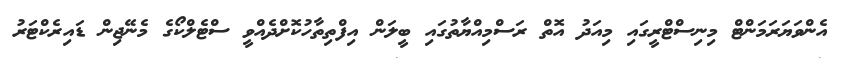
އެންވަޔަރަމަންޓް މިނިސްޓްރީގައި މިއަދު އޮތް ރަސްމިއްޔާތުގައި ބީލަން އިފްތިތާހުކޮށްދެއްވީ ސްޓެލްކޯގެ މެނޭޖިން ޑައިރެކްޓަރު